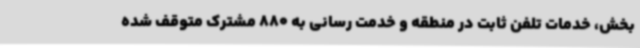
بخش، خدمات تلفن ثابت در منطقه و خدمت رسانی به 880 مشترک متوقف شده